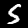
Digit: 5